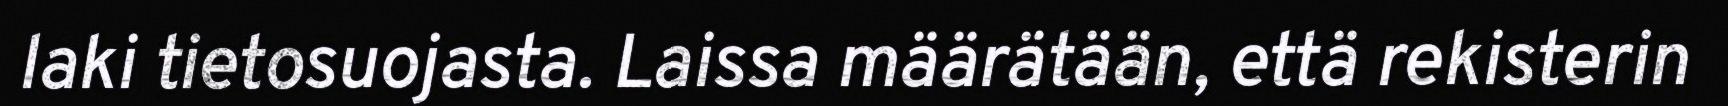
laki tietosuojasta. Laissa määrätään, että rekisterin